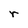
Character: r